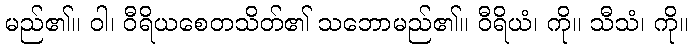
မည်၏။ ဝါ၊ ဝီရိယစေတသိတ်၏ သဘောမည်၏။ ဝီရိယံ၊ ကို။ သီသံ၊ ကို။